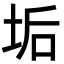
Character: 垢